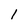
Character: 1